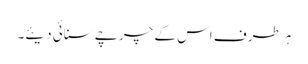
ہر طرف اس کے چرچے سنائی دیئے۔